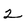
Character: 2